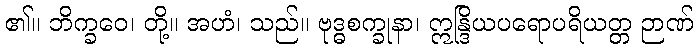
၏။ ဘိက္ခဝေ၊ တို့။ အဟံ၊ သည်။ ဗုဒ္ဓစက္ခုနာ၊ ဣန္ဒြိယပရောပရိယတ္တ ဉာဏ်